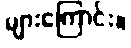
များကြောင်း။